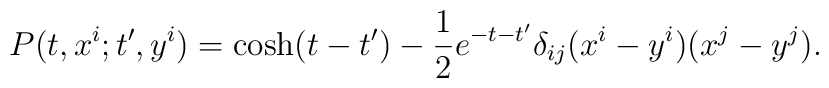
P(t,x^i;t',y^i) =\cosh(t-t') - {1 \over 2} e^{-t-t'} \delta_{ij} (x^i-y^i)(x^j-y^j).